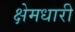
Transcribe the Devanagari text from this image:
क्षेमधारी